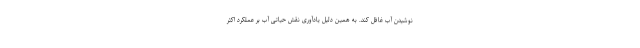
نوشیدن آب غافل کند. به همین دلیل یادآوری نقش حیاتی آب بر عملکرد اکثر